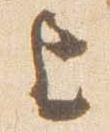
上